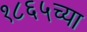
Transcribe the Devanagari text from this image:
१८६५च्या